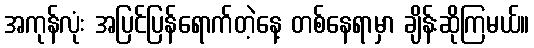
အကုန်လုံး အပြင်ပြန်ရောက်တဲ့နေ့ တစ်နေရာမှာ ချိန်းဆိုကြမယ်။